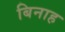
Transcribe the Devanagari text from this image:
बिनाह